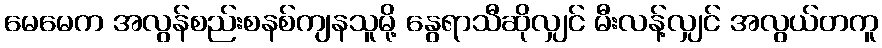
မေမေက အလွန်စည်းစနစ်ကျနသူမို့ နွေရာသီဆိုလျှင် မီးလန့်လျှင် အလွယ်တကူ